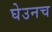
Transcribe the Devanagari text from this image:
घेउनच